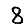
Digit: 8